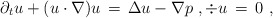
\begin{align*} \partial_t u + (u\cdot \nabla)u \,=\, \Delta u - \nabla p~, \div u \,=\, 0~,\end{align*}